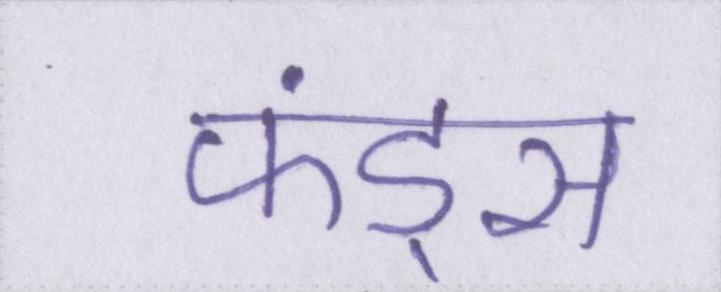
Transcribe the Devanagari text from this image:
फंड्स